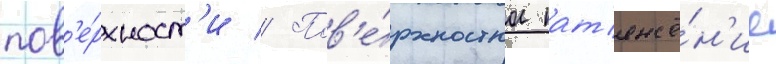
пов'е́рхност'и // Пов'е́рхностное нат'яже́н'ие